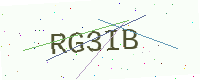
Text: RG3IB